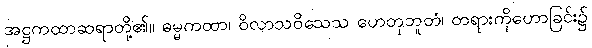
အဋ္ဌကထာဆရာတို့၏။ ဓမ္မကထာ၊ ဝိလာသဝိသေသ ဟေတုဘူတံ၊ တရားကိုဟောခြင်း၌